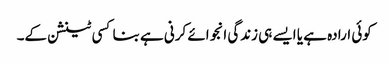
کوئی ارادہ ہے یا ایسے ہی زندگی انجوائے کرنی ہے بنا کسی ٹینشن کے۔